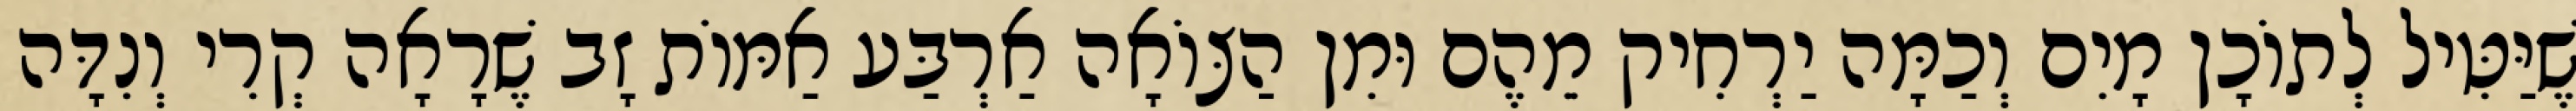
שֶׁיַּטִּיל לְתוֹכָן מָיִם וְכַמָּה יַרְחִיק מֵהֶם וּמִן הַצּוֹאָה אַרְבַּע אַמּוֹת זָב שֶׁרָאָה קְרִי וְנִדָּה